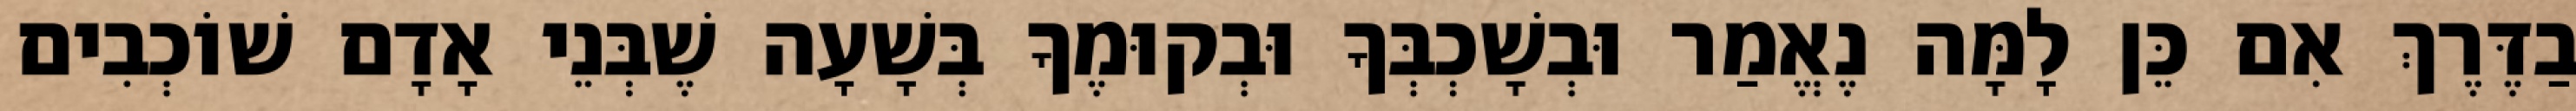
בַדֶּרֶךְ אִם כֵּן לָמָּה נֶאֱמַר וּבְשָׁכְבְּךָ וּבְקוּמֶךָ בְּשָׁעָה שֶׁבְּנֵי אָדָם שׁוֹכְבִים